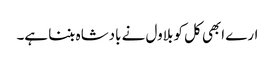
ارے ابھی کل کو بلاول نے بادشاہ بننا ہے۔